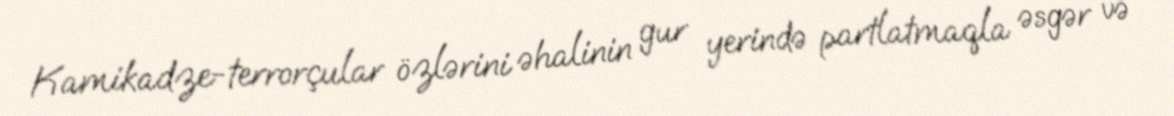
Kamikadze-terrorçular özlərini əhalinin gur yerində partlatmaqla əsgər və